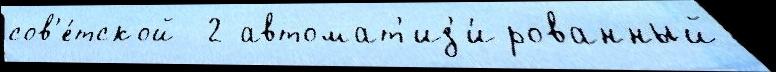
сов'е́тской  2 автомат'из'и́рованный